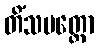
တိံသမတ္တော